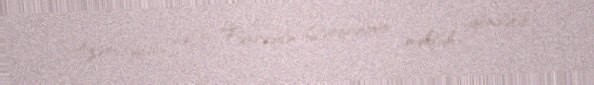
Azərbaycan səfiri Fəxrəddin Qurbanova məktub göndərib.